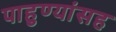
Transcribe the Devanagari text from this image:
पाहुण्यांसह